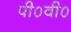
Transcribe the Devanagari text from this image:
पी०वी०